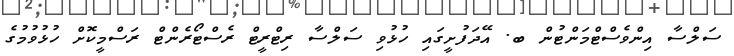
ސަލްސާ އިންވެސްޓްމަންޓުން ބ. އޭދަފުށީގައި ހުޅުވި ސަލްސާ ރިޓްރީޓް ރެސްޓޯރެންޓް ރަސްމީކޮށް ހުޅުވުމުގެ